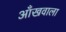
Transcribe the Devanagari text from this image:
आँखवाला